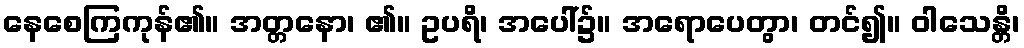
နေစေကြကုန်၏။ အတ္တနော၊ ၏။ ဥပရိ၊ အပေါ်၌။ အရောပေတွာ၊ တင်၍။ ဝါသေန္တိ၊